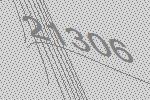
21306